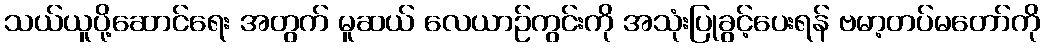
သယ်ယူပို့ဆောင်ရေး အတွက် မူဆယ် လေယာဉ်ကွင်းကို အသုံးပြုခွင့်ပေးရန် ဗမာ့တပ်မတော်ကို